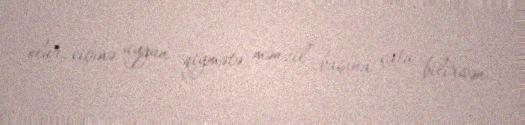
olur, cibinə uyğun qiymətə mənzil başına çata bilirsən.